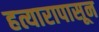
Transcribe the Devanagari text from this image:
हत्यारापासून